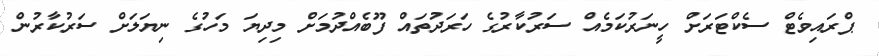
ޕްރައިވެޓް ސެކްޓަރަށް ހީނަރުކަމެއް ސަރުކާރުގެ ހަރަދުތައް ފޫބެއްދުމަށް މިދިޔަ މަހުގެ ނިޔަލަށް ސަރުކާރުން